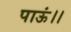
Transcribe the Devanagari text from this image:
पाऊं।।